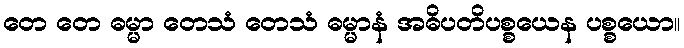
တေ တေ ဓမ္မာ တေသံ တေသံ ဓမ္မာနံ အဓိပတိပစ္စယေန ပစ္စယော။